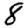
Digit: 8